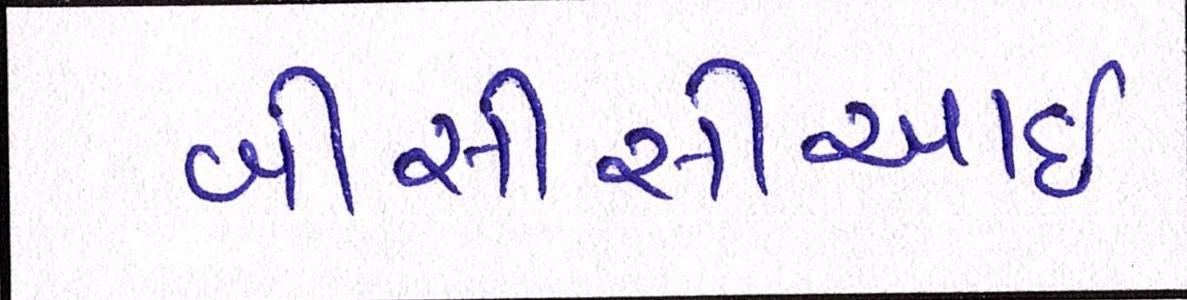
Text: બીસીસીઆઇ